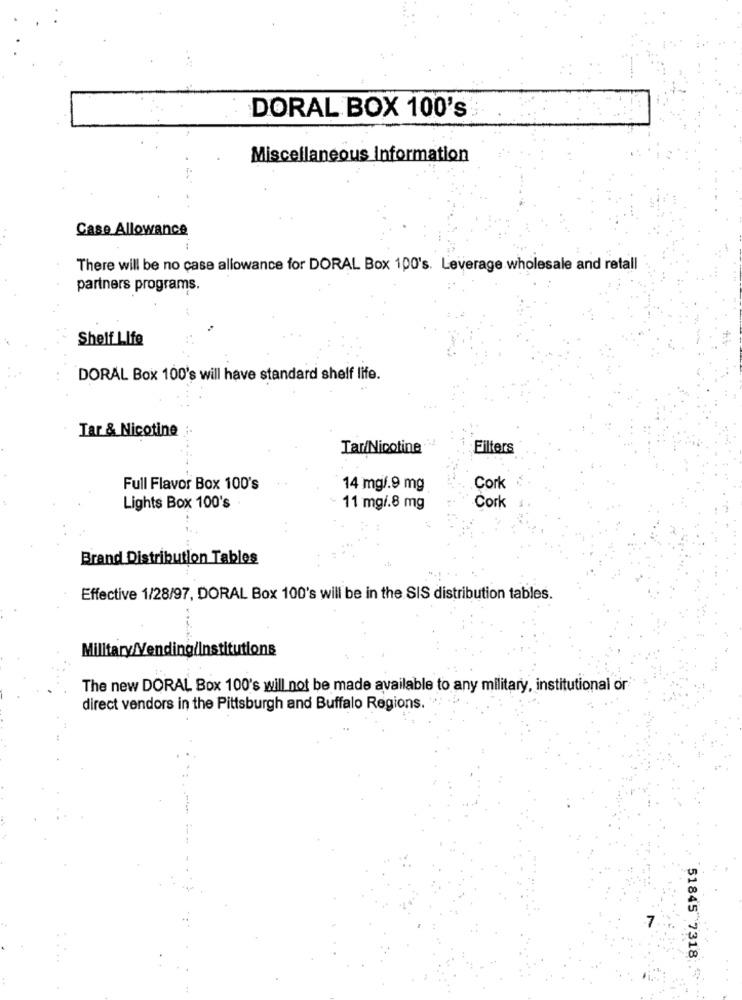
DORAL BOX 100's
Miscellaneous Information
Case Allowance
There will be no case allowance for DORAL Box 100's. Leverage wholesale and retall
partners programs.
Shelf Life
DORAL Box 100's will have standard shelf life.
Tar & Nicotine
Tar/Nicotine
Filters
Full Flavor Box 100's
14 mg/.9 mg
Cork
Lights Box 100's
11 mg/.8 mg
Cork
Brand Distribution Tables
Effective 1/28/97, DORAL Box 100's will be in the SIS distribution tables.
Military/Vending/Institutions
The new DORAL Box 100's will not be made available to any military, institutional or
direct vendors in the Pittsburgh and Buffalo Regions.
51845 7318 5